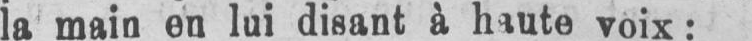
la main en lui disant à haute voix: